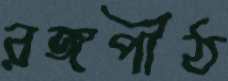
রঙ্গপীঠ